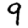
Digit: 9